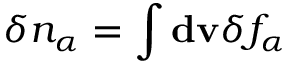
\delta n _ { \alpha } = \int \mathbf { d v } \delta f _ { \alpha }